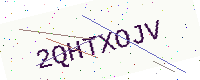
Text: 2QHTXOJV